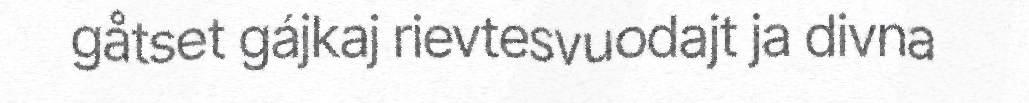
gåtset gájkaj rievtesvuodajt ja divna